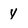
Character: Y